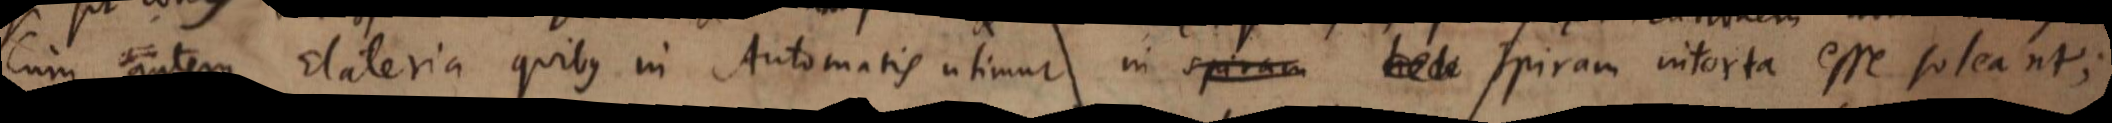
Cum autem Elateria quibus in Automatis utimur spiram in spiram intorta esse soleant;